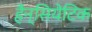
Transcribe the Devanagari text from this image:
हैन्सियेटिक